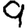
Digit: 9